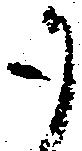
御